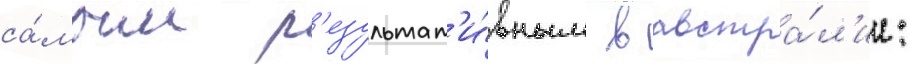
са́мым р'езультат'и́вным в австра́л'ии: